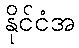
နိုင်ငံအ